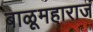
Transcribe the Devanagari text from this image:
बाळूमहाराज